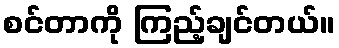
စင်တာကို ကြည့်ချင်တယ်။